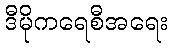
ဒီမိုကရေစီအရေး